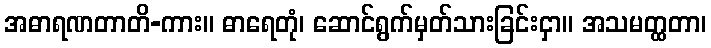
အဓာရဏတာတိ-ကား။ ဓာရေတုံ၊ ဆောင်ရွက်မှတ်သားခြင်းငှာ။ အသမတ္ထတာ၊